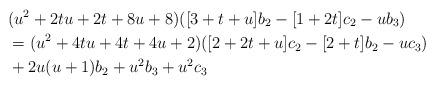
LaTeX: \begin{align*}& (u^2+2tu+2t+8u+8)([3+t+u]b_2-[1+2t]c_2-ub_3) \\& =(u^2+4tu+4t+4u+2)([2+2t+u]c_2-[2+t]b_2-uc_3) \\& +2u(u+1)b_2+u^2b_3+u^2c_3\end{align*}